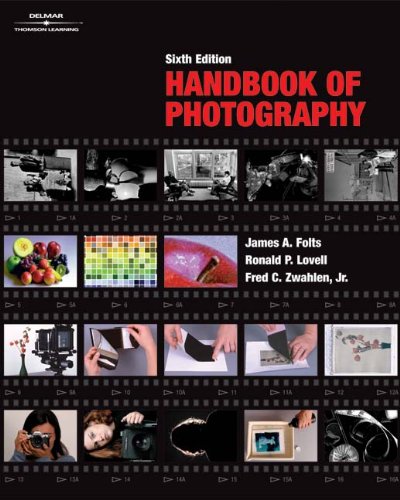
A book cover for Handbook of Photography, Sixth Edition; James Folts; Arts & Photography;